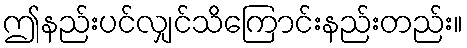
ဤနည်းပင်လျှင်သိကြောင်းနည်းတည်း။